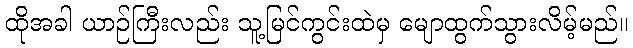
ထိုအခါ ယာဉ်ကြီးလည်း သူ့မြင်ကွင်းထဲမှ မျောထွက်သွားလိမ့်မည်။